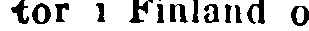
tor i Finland o.